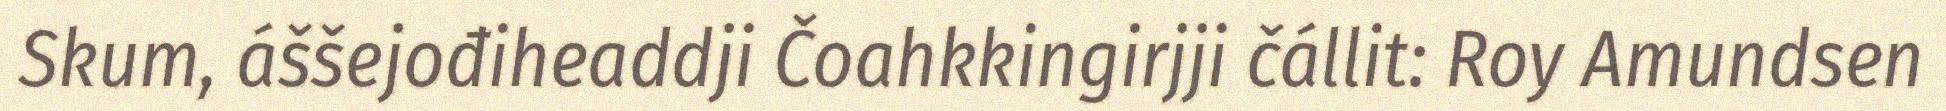
Skum, áššejođiheaddji Čoahkkingirjji čállit: Roy Amundsen